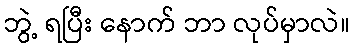
ဘွဲ့ ရပြီး နောက် ဘာ လုပ်မှာလဲ။